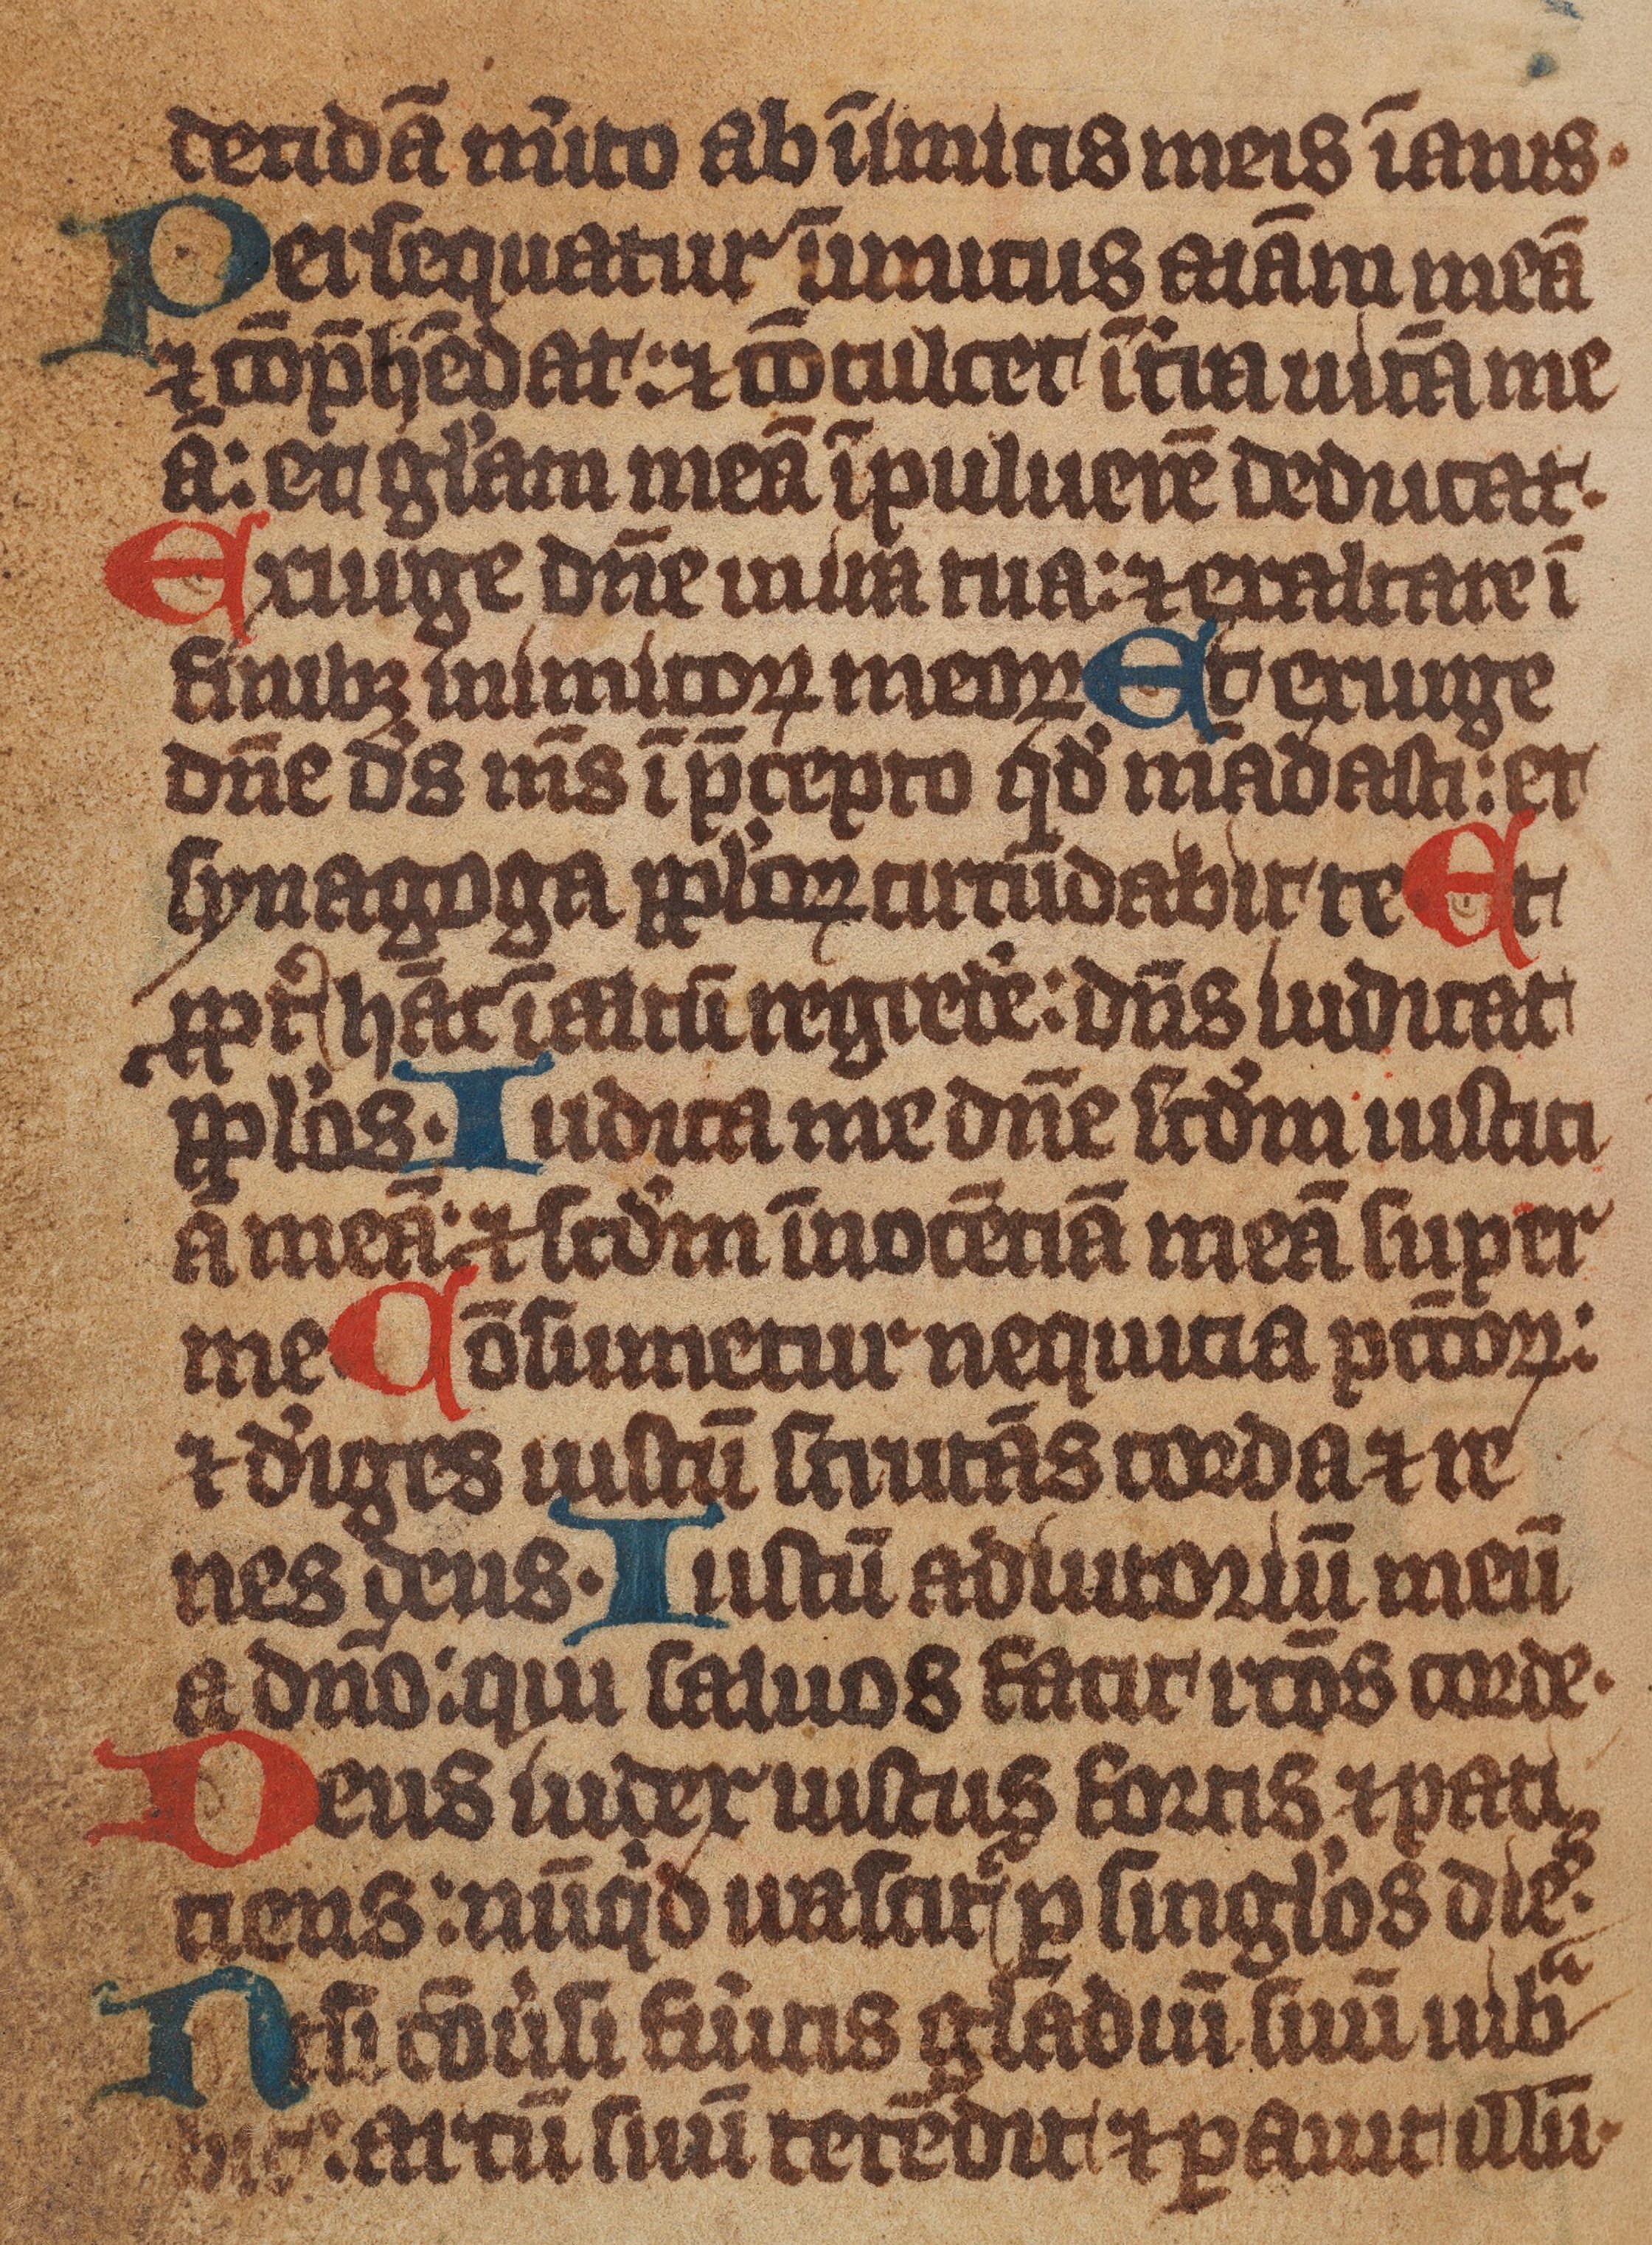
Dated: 1375–1499